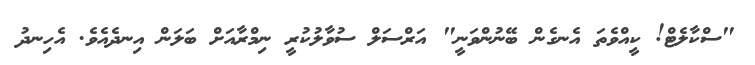
"ސްކާލެޓް! ކީއްވެތަ އެނގެން ބޭނުންވަނީ" އަރްސަލް ސުވާލުކުރީ ނިމްރާއަށް ބަލަން އިނދެއެވެ. އެހިނދު